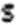
S